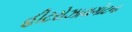
હીટરોઝાયગોટના